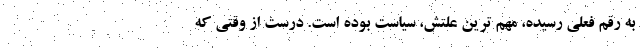
به رقم فعلی رسیده، مهم ترین علتش، سیاست بوده است. درست از وقتی که